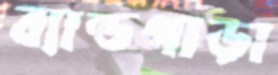
ব্যান্ডপাড়া